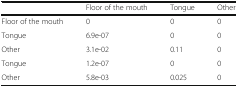
|  | Floor of the mouth | Tongue | Other |
 | --- | --- | --- | --- |
 | Floor of the mouth | 0 | 0 | 0 |
 | Tongue | 6.9e-07 | 0 | 0 |
 | Other | 3.1e-02 | 0.11 | 0 |
 | Tongue | 1.2e-07 | 0 | 0 |
 | Other | 5.8e-03 | 0.025 | 0 |